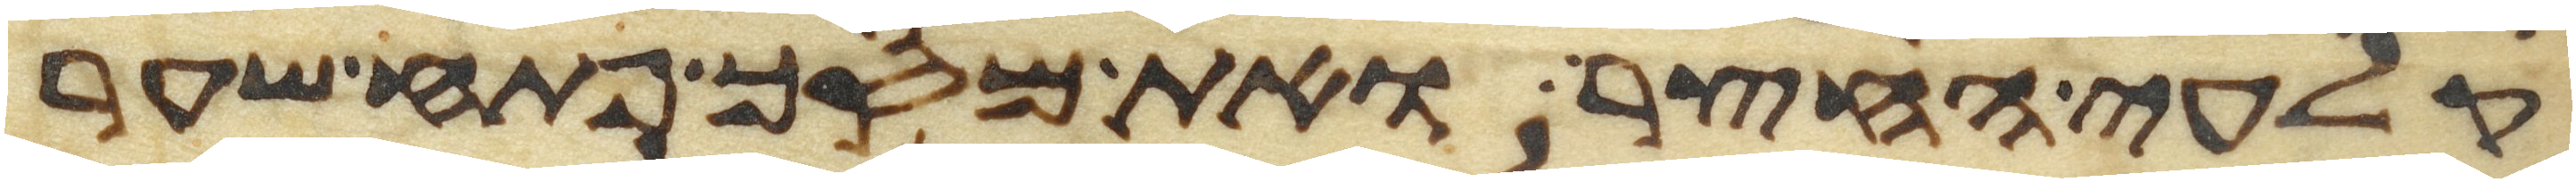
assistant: קלעי החצר ואת מסך פתח שער